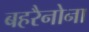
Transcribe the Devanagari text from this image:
बहरैनोना